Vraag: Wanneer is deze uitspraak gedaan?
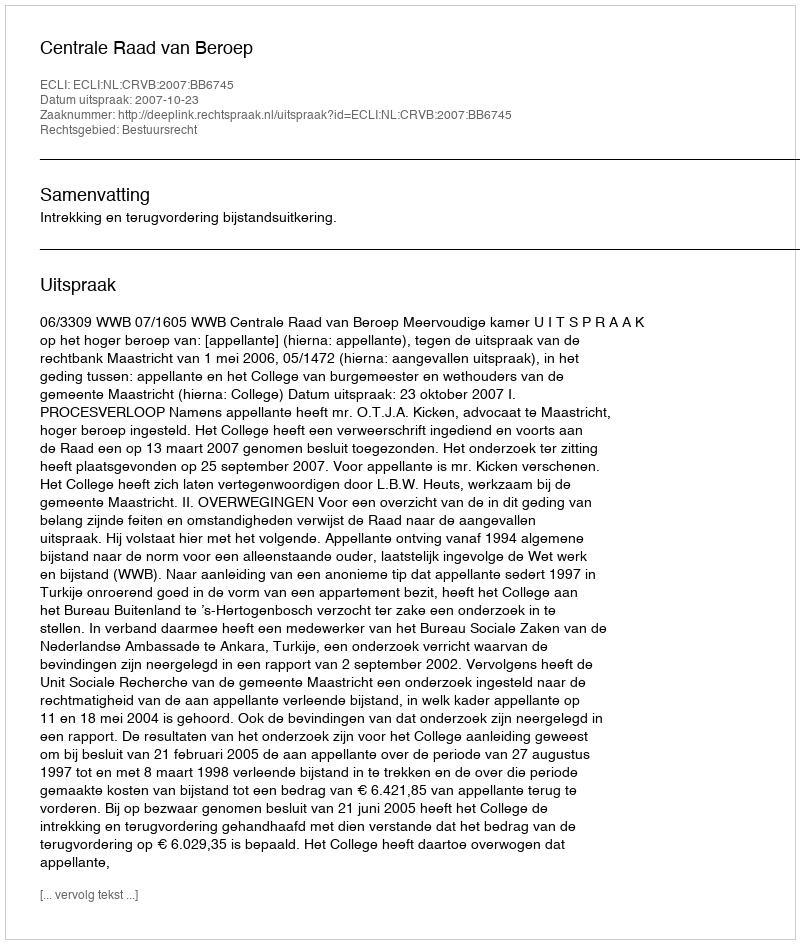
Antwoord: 2007-10-23